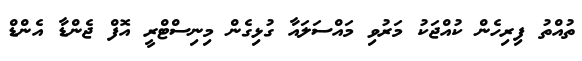
ތުއްތު ފިރިހެން ކުއްޖަކު މަރުވި މައްސަލައާ ގުޅިގެން މިނިސްޓްރީ އޮފް ޖެންޑާ އެންޑް